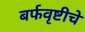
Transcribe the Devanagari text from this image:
बर्फवृष्टीचे